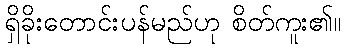
ရှိခိုးတောင်းပန်မည်ဟု စိတ်ကူး၏။